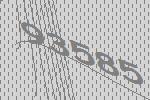
93585